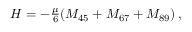
H = - \textstyle { \frac { \mu } { 6 } } ( M _ { 4 5 } + M _ { 6 7 } + M _ { 8 9 } ) \, ,